Indian journal of veterinary science and animal husbandry - Volume 11,
Year: 1941
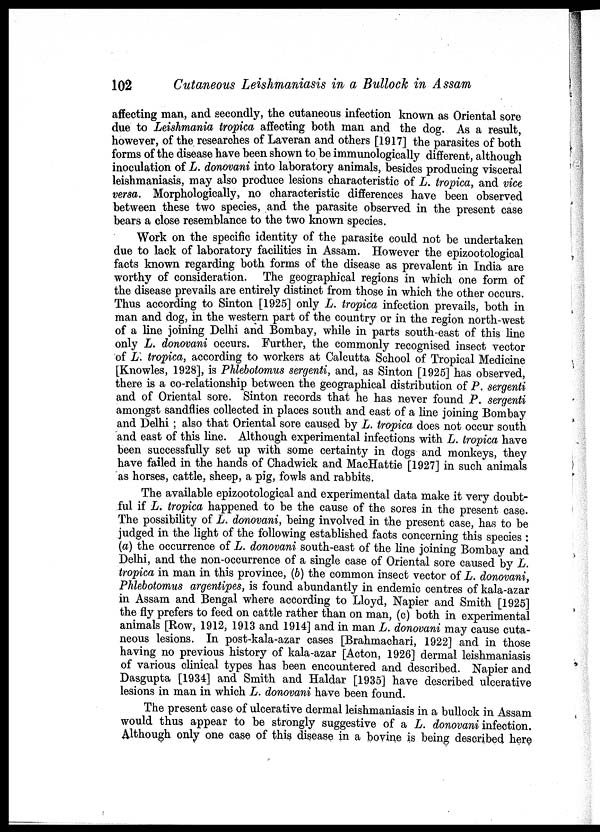
102
Cutaneous Leishmaniasis in a Bullock in Assam
affecting man, and secondly, the cutaneous infection known as Oriental sore
due to Leishmania tropica affecting both man and the dog. As a result,
however, of the researches of Laveran and others [1917] the parasites of both
forms of the disease have been shown to be immunologically different, although
inoculation of L. donovani into laboratory animals, besides producing visceral
leishmaniasis, may also produce lesions characteristic of L. tropica, and vice
versa. Morphologically, no characteristic differences have been observed
between these two species, and the parasite observed in the present case
bears a close resemblance to the two known species.
Work on the specific identity of the parasite could not be undertaken
due to lack of laboratory facilities in Assam. However the epizootological
facts known regarding both forms of the disease as prevalent in India are
worthy of consideration. The geographical regions in which one form of
the disease prevails are entirely distinct from those in which the other occurs.
Thus according to Sinton [1925] only L. tropica infection prevails, both in
man and dog, in the western part of the country or in the region north-west
of a line joining Delhi and Bombay, while in parts south-east of this line
only L. donovani occurs. Further, the commonly recognised insect vector
of L. tropica, according to workers at Calcutta School of Tropical Medicine
[Knowles, 1928], is Phlebotomus sergenti, and, as Sinton [1925] has observed,
there is a co-relationship between the geographical distribution of P. sergenti
and of Oriental sore. Sinton records that he has never found P. sergenti
amongst sandflies collected in places south and east of a line joining Bombay
and Delhi; also that Oriental sore caused by L. tropica does not occur south
and east of this line. Although experimental infections with L. tropica have
been successfully set up with some certainty in dogs and monkeys, they
have failed in the hands of Chadwick and MacHattie [1927] in such animals
as horses, cattle, sheep, a pig, fowls and rabbits.
The available epizootological and experimental data make it very doubt-
ful if L. tropica happened to be the cause of the sores in the present case.
The possibility of L. donovani, being involved in the present case, has to be
judged in the light of the following established facts concerning this species :
(a) the occurrence of L. donovani south-east of the line joining Bombay and
Delhi, and the non-occurrence of a single case of Oriental sore caused by L.
tropica in man in this province, (b) the common insect vector of L. donovani,
Phlebotomus argentipes, is found abundantly in endemic centres of kala-azar
in Assam and Bengal where according to Lloyd, Napier and Smith [1925]
the fly prefers to feed on cattle rather than on man, (c) both in experimental
animals [Row, 1912, 1913 and 1914] and in man L. donovani may cause cuta-
neous lesions. In post-kala-azar cases [Brahmachari, 1922] and in those
having no previous history of kala-azar [Acton, 1926] dermal leishmaniasis
of various clinical types has been encountered and described. Napier and
Dasgupta [1934] and Smith and Haldar [1935] have described ulcerative
lesions in man in which L. donovani have been found.
The present case of ulcerative dermal leishmaniasis in a bullock in Assam
would thus appear to be strongly suggestive of a L. donovani infection.
Although only one case of this disease in a bovine is being described here